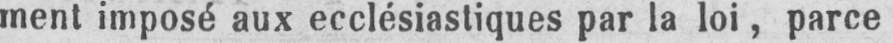
ment imposé aux ecclésiastiques par la loi, parce